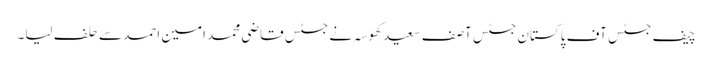
چیف جسٹس آف پاکستان جسٹس آصف سعید کھوسہ نے جسٹس قاضی محمد امین احمد سے حلف لیا۔